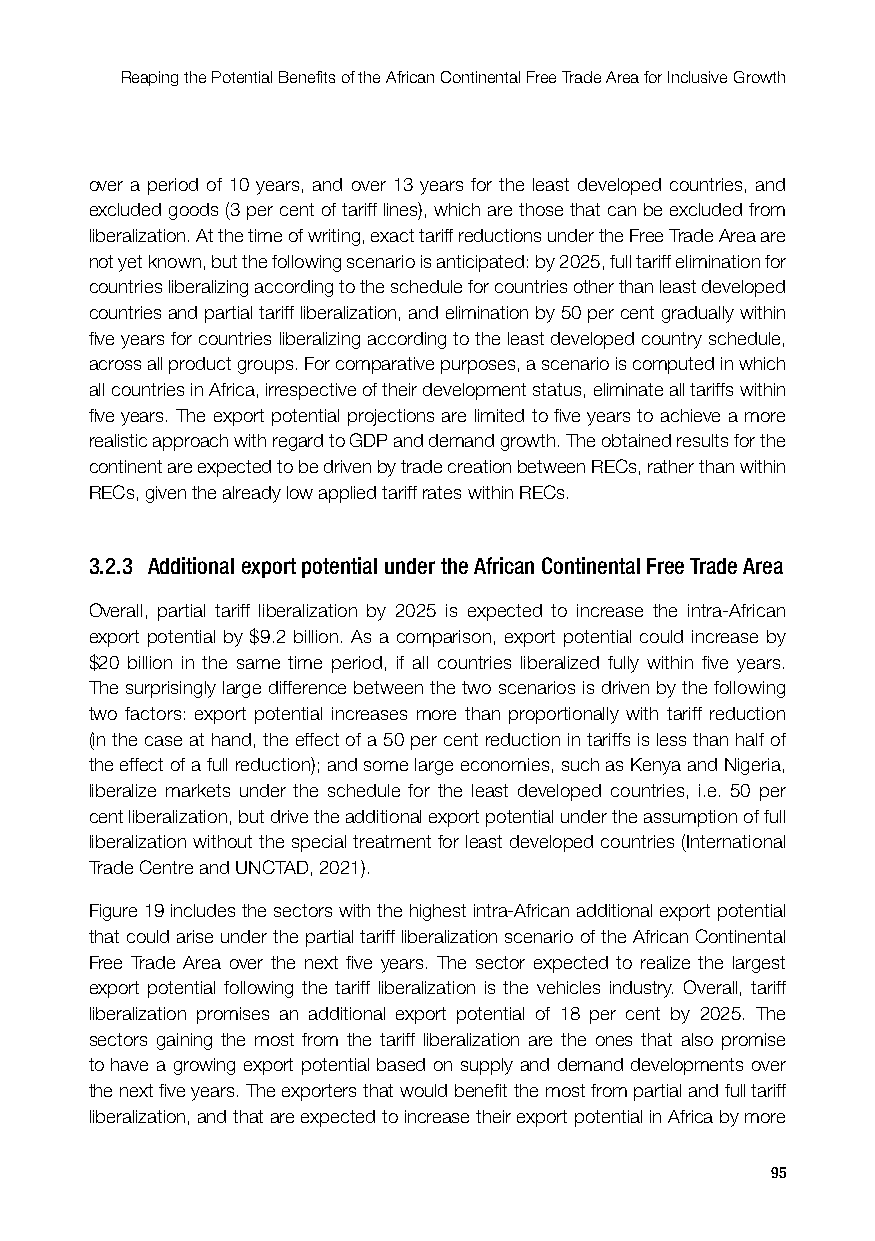
Reaping the Potential Benefits of the African Continental Free Trade Area for Inclusive Growth
 over a period of 10 years, and over 13 years for the least developed countries, and
 excluded goods (3 per cent of tariff lines), which are those that can be excluded from
 liberalization. At the time of writing, exact tariff reductions under the Free Trade Area are
 not yet known, but the following scenario is anticipated: by 2025, full tariff elimination for
 countries liberalizing according to the schedule for countries other than least developed
 countries and partial tariff liberalization, and elimination by 50 per cent gradually within
 five years for countries liberalizing according to the least developed country schedule,
 across all product groups. For comparative purposes, a scenario is computed in which
 all countries in Africa, irrespective of their development status, eliminate all tariffs within
 five years. The export potential projections are limited to five years to achieve a more
 realistic approach with regard to GDP and demand growth. The obtained results for the
 continent are expected to be driven by trade creation between RECs, rather than within
 RECs, given the already low applied tariff rates within RECs.
 3.2.3 Additional export potential under the African Continental Free Trade Area
 Overall, partial tariff liberalization by 2025 is expected to increase the intra-African
 export potential by $9.2 billion. As a comparison, export potential could increase by
 $20 billion in the same time period, if all countries liberalized fully within five years.
 The surprisingly large difference between the two scenarios is driven by the following
 two factors: export potential increases more than proportionally with tariff reduction
 (in the case at hand, the effect of a 50 per cent reduction in tariffs is less than half of
 the effect of a full reduction); and some large economies, such as Kenya and Nigeria,
 liberalize markets under the schedule for the least developed countries, i.e. 50 per
 cent liberalization, but drive the additional export potential under the assumption of full
 liberalization without the special treatment for least developed countries (International
 Trade Centre and UNCTAD, 2021).
 Figure 19 includes the sectors with the highest intra-African additional export potential
 that could arise under the partial tariff liberalization scenario of the African Continental
 Free Trade Area over the next five years. The sector expected to realize the largest
 export potential following the tariff liberalization is the vehicles industry. Overall, tariff
 liberalization promises an additional export potential of 18 per cent by 2025. The
 sectors gaining the most from the tariff liberalization are the ones that also promise
 to have a growing export potential based on supply and demand developments over
 the next five years. The exporters that would benefit the most from partial and full tariff
 liberalization, and that are expected to increase their export potential in Africa by more
 95